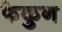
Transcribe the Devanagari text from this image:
फेकुन